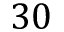
3 0